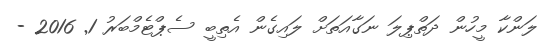
ލަންކާ މީހުން ދަތްޕިލަ ނަގާއަތަށް ލައިގެން އެތިބީ ސެޕްޓެމްބަރު 1